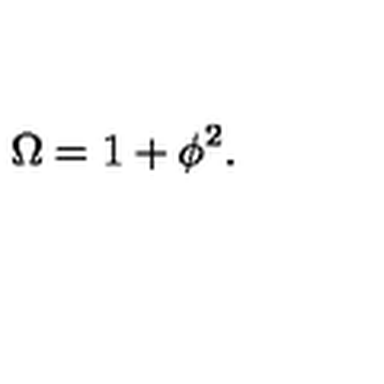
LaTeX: \Omega = 1 + \phi ^ { 2 } .